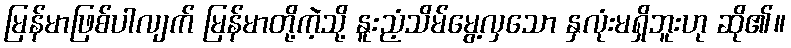
မြန်မာဖြစ်ပါလျက် မြန်မာတို့ကဲ့သို့ နူးညံ့သိမ်မွေ့လှသော နှလုံးမရှိဘူးဟု ဆို၏။